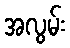
အလွမ်း